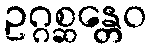
ဥဂ္ဂစ္ဆန္တေဝ